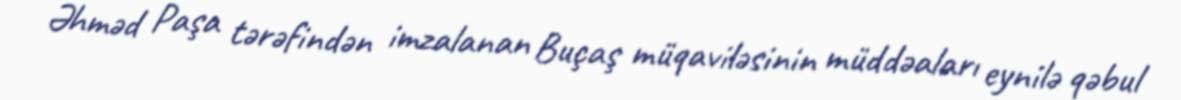
Əhməd Paşa tərəfindən imzalanan Buçaş müqaviləsinin müddəaları eynilə qəbul